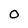
Character: O